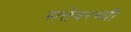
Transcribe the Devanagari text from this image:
सत्तेवरच्यी